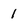
Character: 1